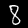
Digit: 8